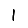
Digit: 1